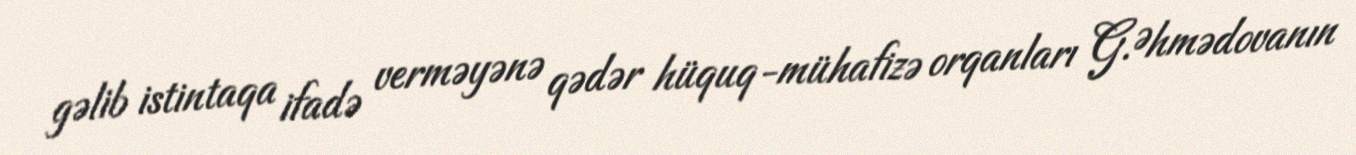
gəlib istintaqa ifadə verməyənə qədər hüquq-mühafizə orqanları G.Əhmədovanın